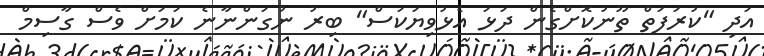
އަދި "ކުރަފަތް ތޫނުކޮށްގެން ދަޅަ އެޅުވިޔަކަސް" ބިރު ނުގަންނާނެ ކަމަށް ވެސް ގާސިމް